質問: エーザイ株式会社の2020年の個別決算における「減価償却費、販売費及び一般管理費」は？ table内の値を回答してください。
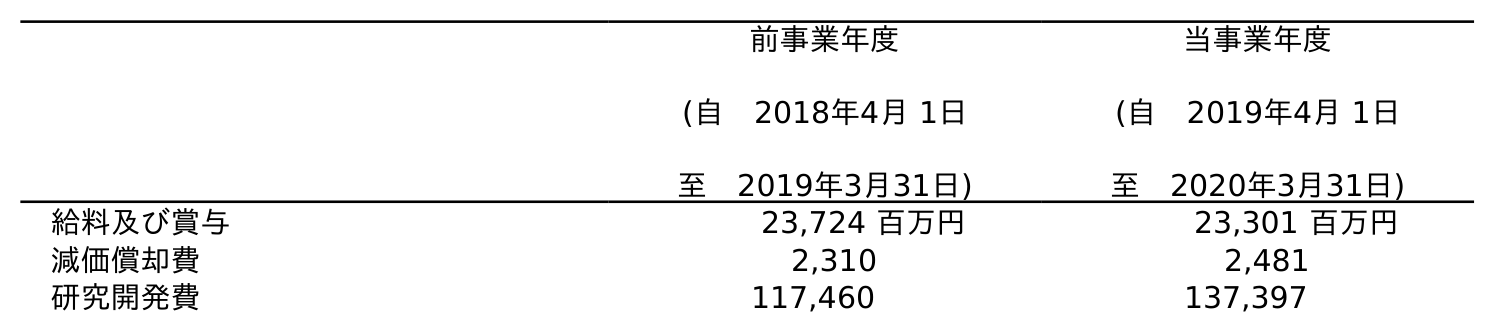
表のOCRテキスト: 前事業年度 (自 2018年4月 1日 至 2019年3月31日) 当事業年度 (自 2019年4月 1日 至 2020年3月31日) 給料及び賞与 23,724 百万円 23,301 百万円 減価償却費 2,310 2,481 研究開発費 117,460 137,397
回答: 2,481